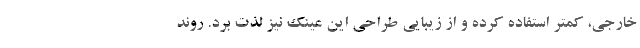
خارجی، کمتر استفاده کرده و از زیبایی طراحی این عینک نیز لذت برد. روند